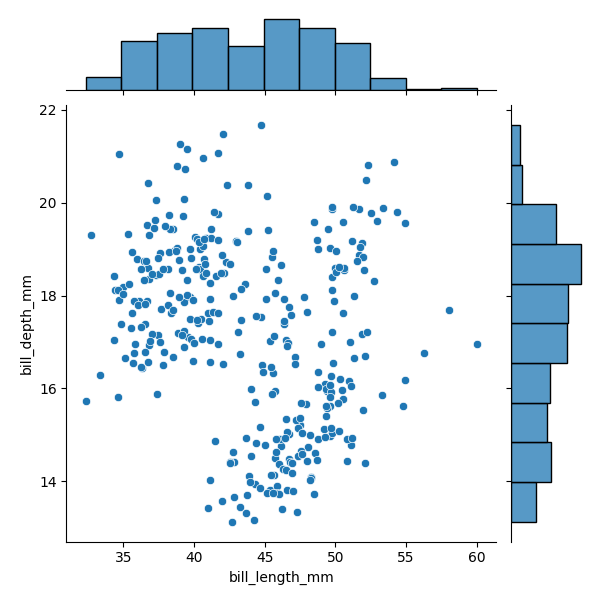
python, seaborn, JointGrid, scatterplot, histplot